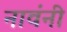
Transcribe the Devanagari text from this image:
नावंनी